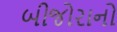
બીજોરાનો